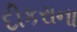
દીકરાના